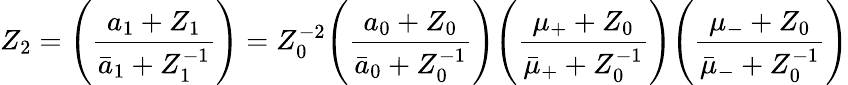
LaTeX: Z_{2}=\Biggl(\frac{a_{1}+Z_{1}}{{\bar{a}}_{1}+Z_{1}^{-1}}\Biggr)=Z_{0}^{-2}\Biggl(\frac{a_{0}+Z_{0}}{{\bar{a}}_{0}+Z_{0}^{-1}}\Biggr)\Biggl(\frac{\mu_{+}+Z_{0}}{{\bar{\mu}}_{+}+Z_{0}^{-1}}\Biggr)\Biggl(\frac{\mu_{-}+Z_{0}}{{\bar{\mu}}_{-}+Z_{0}^{-1}}\Biggr)